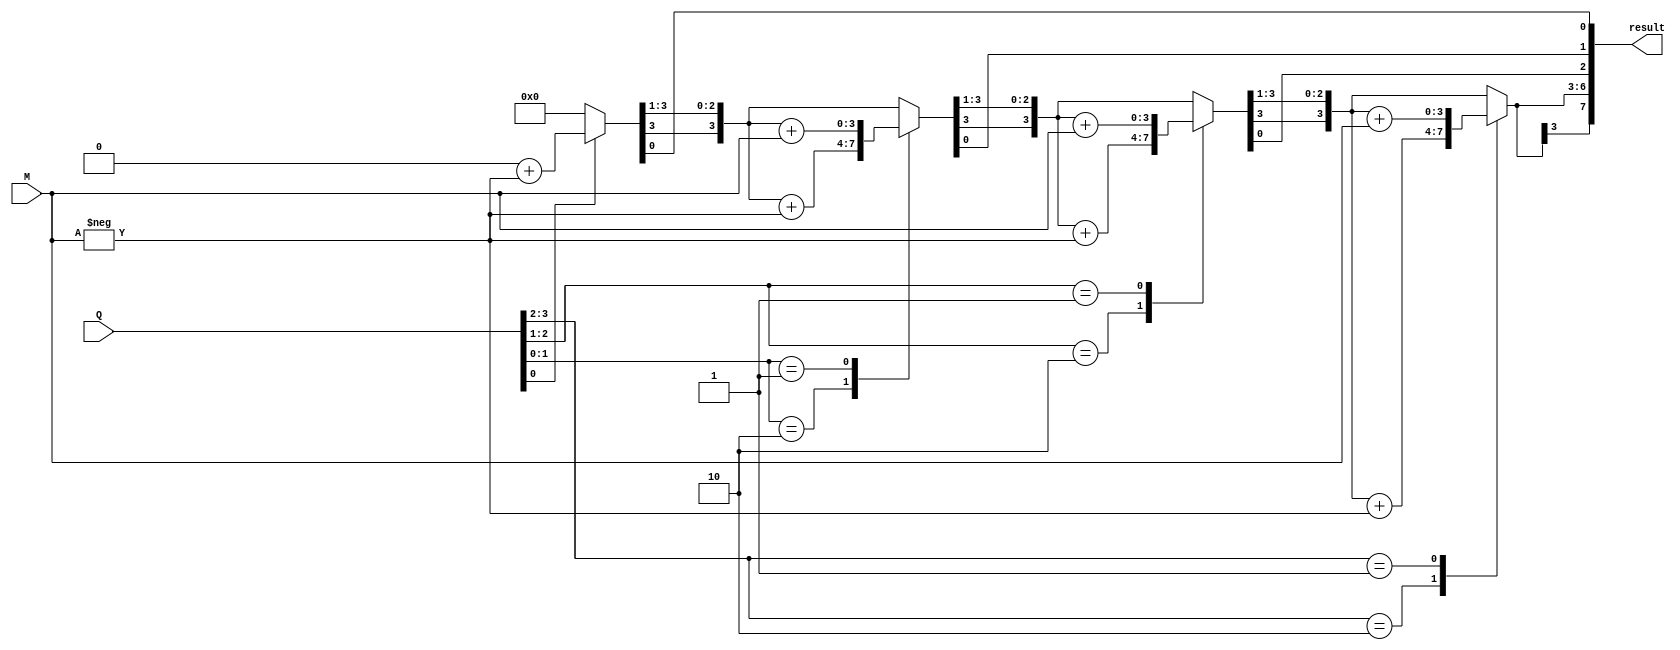
// This program was cloned from: https://github.com/Suni123456789/100DaysRTL
// License: Apache License 2.0

`timescale 1ns / 1ps

module booth_algorithm(
    input signed [3:0] Q, M,
  output reg signed [7:0] result
  );
  reg [1:0] operation;
  integer i;
  reg q0;
  reg [3:0] M_comp;

  always @(Q,M)
  begin
    result = 8'd0;
    q0 = 1'b0;
    M_comp = -M;
    
    for (i=0; i<4; i=i+1)
    begin
      operation = { Q[i], q0 };
      case(operation)
        2'b10 : result[7:4] = result[7:4] + M_comp;
        2'b01 : result[7:4] = result[7:4] + M;
      endcase
      result = result >> 1;
      result[7] = result[6];
      q0= Q[i];
      
    end
  end
endmodule